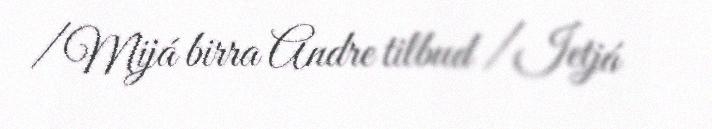
/ Mijá birra Andre tilbud / Ietjá